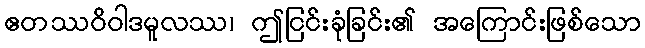
ဧတဿဝိဝါဒမူလဿ၊ ဤငြင်းခုံခြင်း၏ အကြောင်းဖြစ်သော